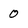
Character: 0